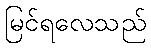
မြင်ရလေသည်